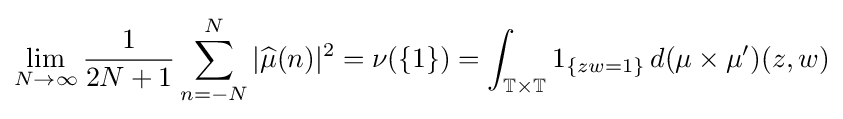
\lim _{N\to \infty }{\frac {1}{2N+1}}\sum _{n=-N}^{N}|{\widehat {\mu }}(n)|^{2}=\nu (\{1\})=\int _{\mathbb {T} \times \mathbb {T} }1_{\{zw=1\}}\,d(\mu \times \mu ')(z,w)